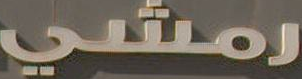
رمشي